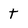
Character: t